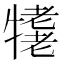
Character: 𤛪